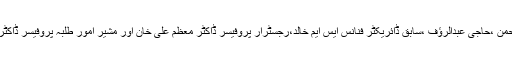
اس کے علاوہ سابق وزیر تعلیم پروفیسر ڈاکٹر عطاالرحمن ،حاجی عبدالرؤف ،سابق ڈائریکٹر فنانس ایس ایم خالد،رجسٹرار پروفیسر ڈاکٹر معظم علی خان اور مشیر امور طلبہ پروفیسر ڈاکٹر سید انصررضوی بھی کانفرنس میں شرکت کرینگے۔